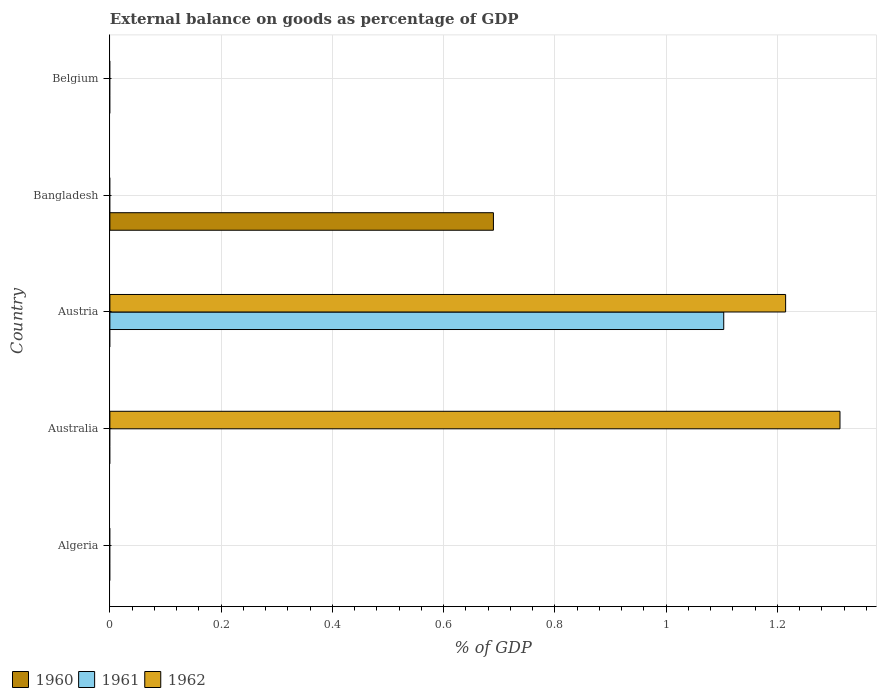
| Country | 1960 | 1961 | 1962 |
 | --- | --- | --- | --- |
 | Algeria | -28.1 | -21.3 | -1.02 |
 | Australia | -1.07 | -2.62 | 1.31 |
 | Austria | -0.0141 | 1.1 | 1.21 |
 | Bangladesh | 0.689 | -0.918 | -0.0613 |
 | Belgium | -0.7 | -0.792 | -0.0115 |